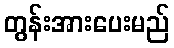
တွန်းအားပေးမည်